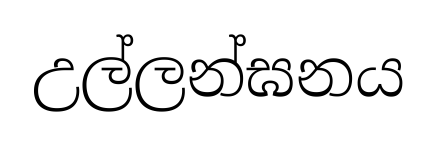
උල්ලන්ඝනය